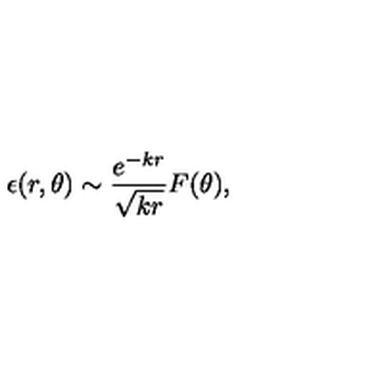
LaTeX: \epsilon ( r , \theta ) \sim \frac { e ^ { - k r } } { \sqrt { k r } } F ( \theta ) ,